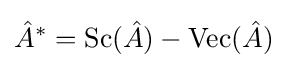
{\hat {A}}^{*}={\mbox{Sc}}({\hat {A}})-{\mbox{Vec}}({\hat {A}})